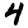
Digit: 4